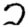
Digit: 2